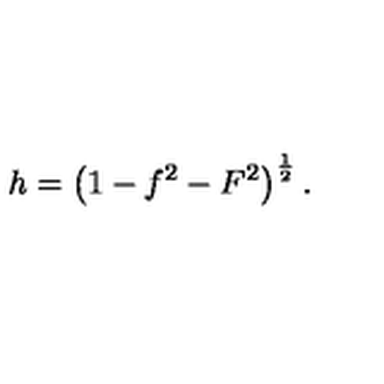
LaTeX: h = \left( 1 - f ^ { 2 } - F ^ { 2 } \right) ^ { \frac { 1 } { 2 } } .